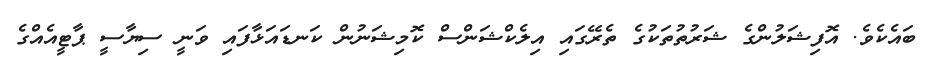
ބައެކެވެ. އޮފިޝަލުންގެ ޝަރުތުތަކުގެ ތެރޭގައި އިލެކްޝަންސް ކޮމިޝަނުން ކަނޑައަޅާފައި ވަނީ ސިޔާސީ ޕާޓީއެއްގެ